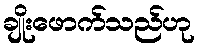
ချိုးဖောက်သည်ဟု